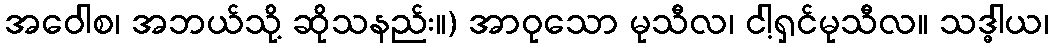
အဝေါစ၊ အဘယ်သို့ ဆိုသနည်း။) အာဝုသော မုသီလ၊ ငါ့ရှင်မုသီလ။ သဒ္ဓါယ၊